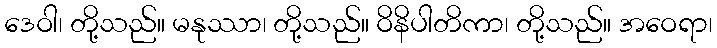
ဒေဝါ၊ တို့သည်။ မနုဿာ၊ တို့သည်။ ဝိနိပါတိကာ၊ တို့သည်။ အဝေရာ၊